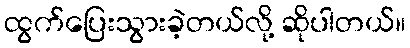
ထွက်ပြေးသွားခဲ့တယ်လို့ ဆိုပါတယ်။